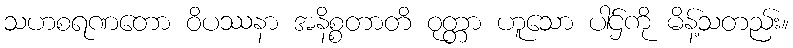
သဟစရဏတော ဝိပဿနာ အနိစ္စတာတိ ဝုတ္တာ ဟူသော ပါဌ်ကို မိန့်သတည်း။